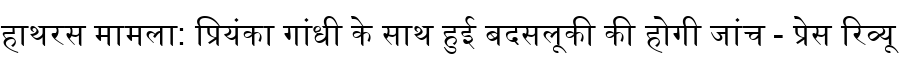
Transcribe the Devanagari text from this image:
हाथरस मामला: प्रियंका गांधी के साथ हुई बदसलूकी की होगी जांच - प्रेस रिव्यू